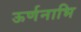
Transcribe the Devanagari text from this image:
ऊर्णनाभि